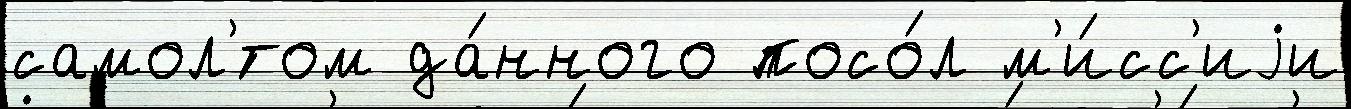
самол'́том да́нного посо́л м'и́сс'иjи